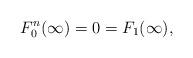
LaTeX: \begin{align*}F_0^n(\infty)=0=F_1(\infty),\end{align*}